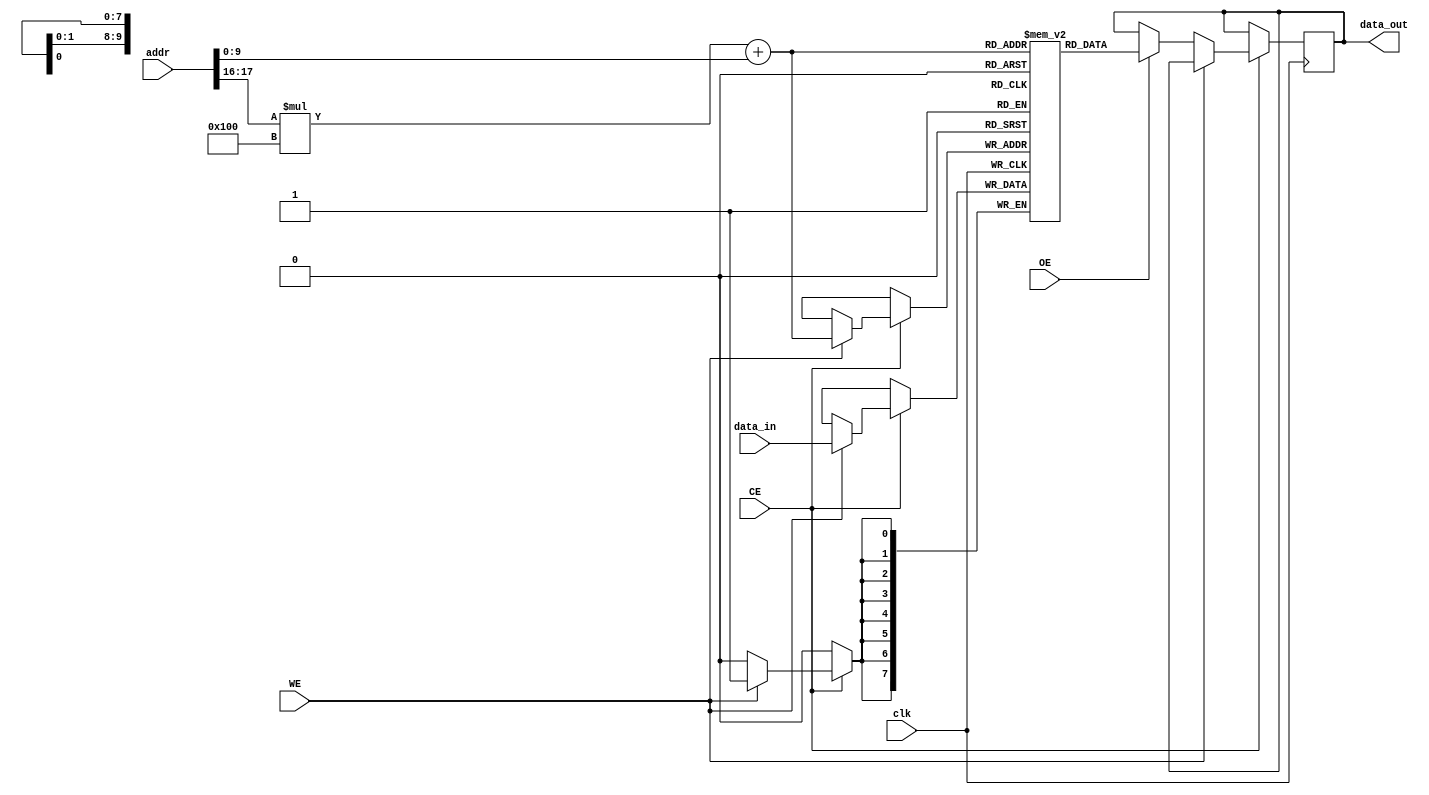
module SRAM #(
    parameter ADDR_WIDTH = 18,  // Address width for 256K words
    parameter DATA_WIDTH = 8,    // Word size (8 bits)
    parameter BANKS = 4,         // Number of banks
    parameter BANK_SIZE = 256     // Size of each bank (256 words)
)(
    input wire clk,
    input wire WE,                // Write Enable
    input wire OE,                // Output Enable
    input wire CE,                // Chip Enable
    input wire [ADDR_WIDTH-1:0] addr, // Address input
    input wire [DATA_WIDTH-1:0] data_in, // Data input
    output reg [DATA_WIDTH-1:0] data_out // Data output
);

    // Memory array declaration
    reg [DATA_WIDTH-1:0] memory[BANKS-1:0][BANK_SIZE-1:0];

    // Address decoding
    wire [ADDR_WIDTH-1:0] bank_addr = addr[ADDR_WIDTH-1:0];
    wire [1:0] bank_select = addr[ADDR_WIDTH-1:ADDR_WIDTH-2]; // Select bank
    wire [ADDR_WIDTH-3:0] word_addr = addr[ADDR_WIDTH-3:0]; // Select word within bank

    // Read/Write operations
    always @(posedge clk) begin
        if (CE) begin
            if (WE) begin
                // Write operation
                memory[bank_select][word_addr] <= data_in;
            end else if (OE) begin
                // Read operation
                data_out <= memory[bank_select][word_addr];
            end
        end
    end

    // Optional: Add error detection, refresh mechanisms, and power management features here

endmodule